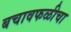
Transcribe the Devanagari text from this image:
बचावफळीचा